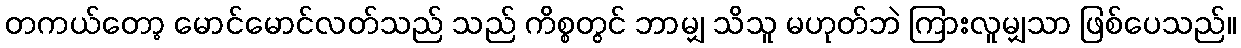
တကယ်တော့ မောင်မောင်လတ်သည် သည် ကိစ္စတွင် ဘာမျှ သိသူ မဟုတ်ဘဲ ကြားလူမျှသာ ဖြစ်ပေသည်။